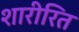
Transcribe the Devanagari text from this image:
शारीरित